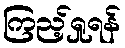
ကြည့်ရှုရန်